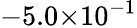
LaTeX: -5.0{\times}10^{-1}